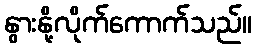
နွားနို့လိုက်ကောက်သည်။